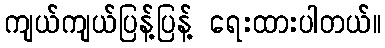
ကျယ်ကျယ်ပြန့်ပြန့် ရေးထားပါတယ်။